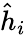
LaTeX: \hat{h}_{i}